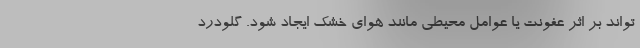
‌تواند بر اثر عفونت یا عوامل محیطی مانند هوای خشک ایجاد شود. گلودرد